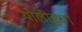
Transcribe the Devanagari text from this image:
पोलीड्रग